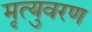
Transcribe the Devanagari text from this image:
मृत्युवरण